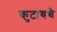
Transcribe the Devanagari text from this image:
कुटायचे